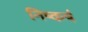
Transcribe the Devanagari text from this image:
निष्कर्ष